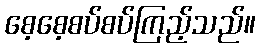
စေ့စေ့စပ်စပ်ကြည့်သည်။